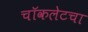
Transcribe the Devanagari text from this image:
चॉकलेटचा